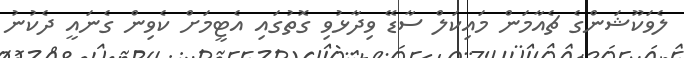
ލެވަކޫޝަންގެ ޗެއާމަން މައިކަލް ސާޑޭ ވިދާޅުވި ގޮތުގައި އެޓީމަށް ކެވިން ގެނައީ ދެކުނު